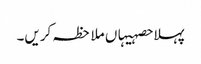
پہلا حصہیہاں ملاحظہ کریں۔